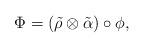
LaTeX: \begin{align*}\Phi =(\tilde{\rho} \otimes \tilde{\alpha}) \circ \phi, \end{align*}